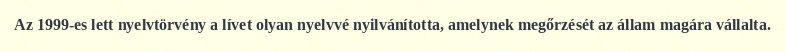
Az 1999-es lett nyelvtörvény a lívet olyan nyelvvé nyilvánította, amelynek megőrzését az állam magára vállalta.